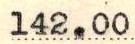
142.00